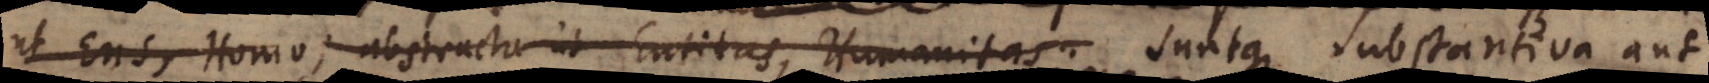
ut Ens, Homo, abstracta ut Entitas, Humanitas. Suntque substantiva aut